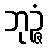
ဘုဉ္ဇံ